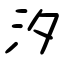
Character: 汐